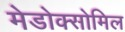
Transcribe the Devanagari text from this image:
मेडोक्सोमिल